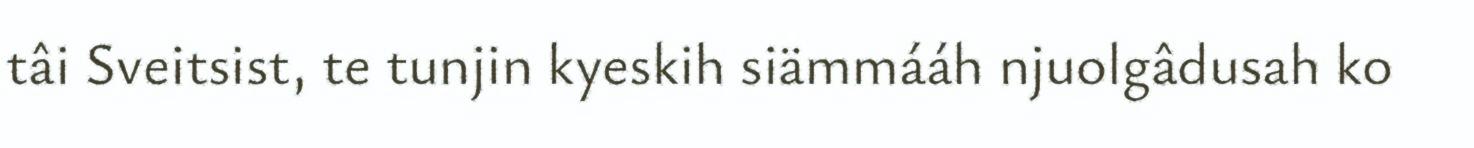
tâi Sveitsist, te tunjin kyeskih siämmááh njuolgâdusah ko